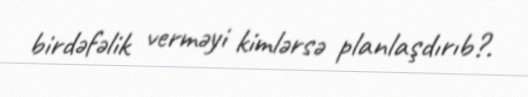
birdəfəlik verməyi kimlərsə planlaşdırıb?.